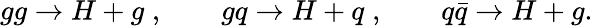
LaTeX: gg\to H+g\; ,\qquad gq\to H+q\; ,\qquad q\bar{q}\to H+g.